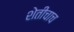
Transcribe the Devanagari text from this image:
शेतीचाच